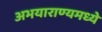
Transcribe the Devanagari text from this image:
अभयाराण्यमध्ये